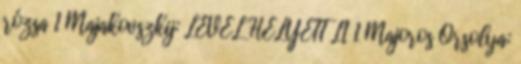
rózsa 1 Majakovszkij: LEVÉL HELYETT LI 1 Majoros Orsolya: